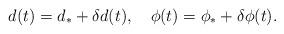
LaTeX: \begin{align*}d(t)=d_{\ast}+\delta d(t),\quad \phi(t)=\phi_{\ast}+\delta \phi(t).\end{align*}